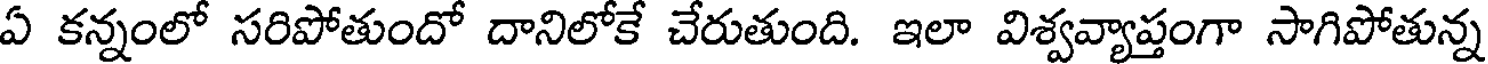
ఏ కన్నంలో సరిపోతుందో దానిలోకే చేరుతుంది. ఇలా విశ్వవ్యాప్తంగా సాగిపోతున్న